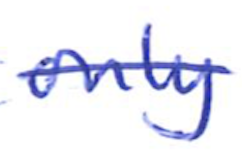
Text: only
Cross-out: single-line
Writing tool: ballpoint